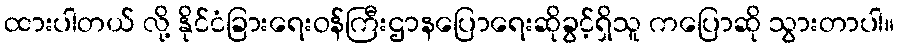
ထားပါတယ် လို့ နိုင်ငံခြားရေးဝန်ကြီးဌာနပြောရေးဆိုခွင့်ရှိသူ ကပြောဆို သွားတာပါ။